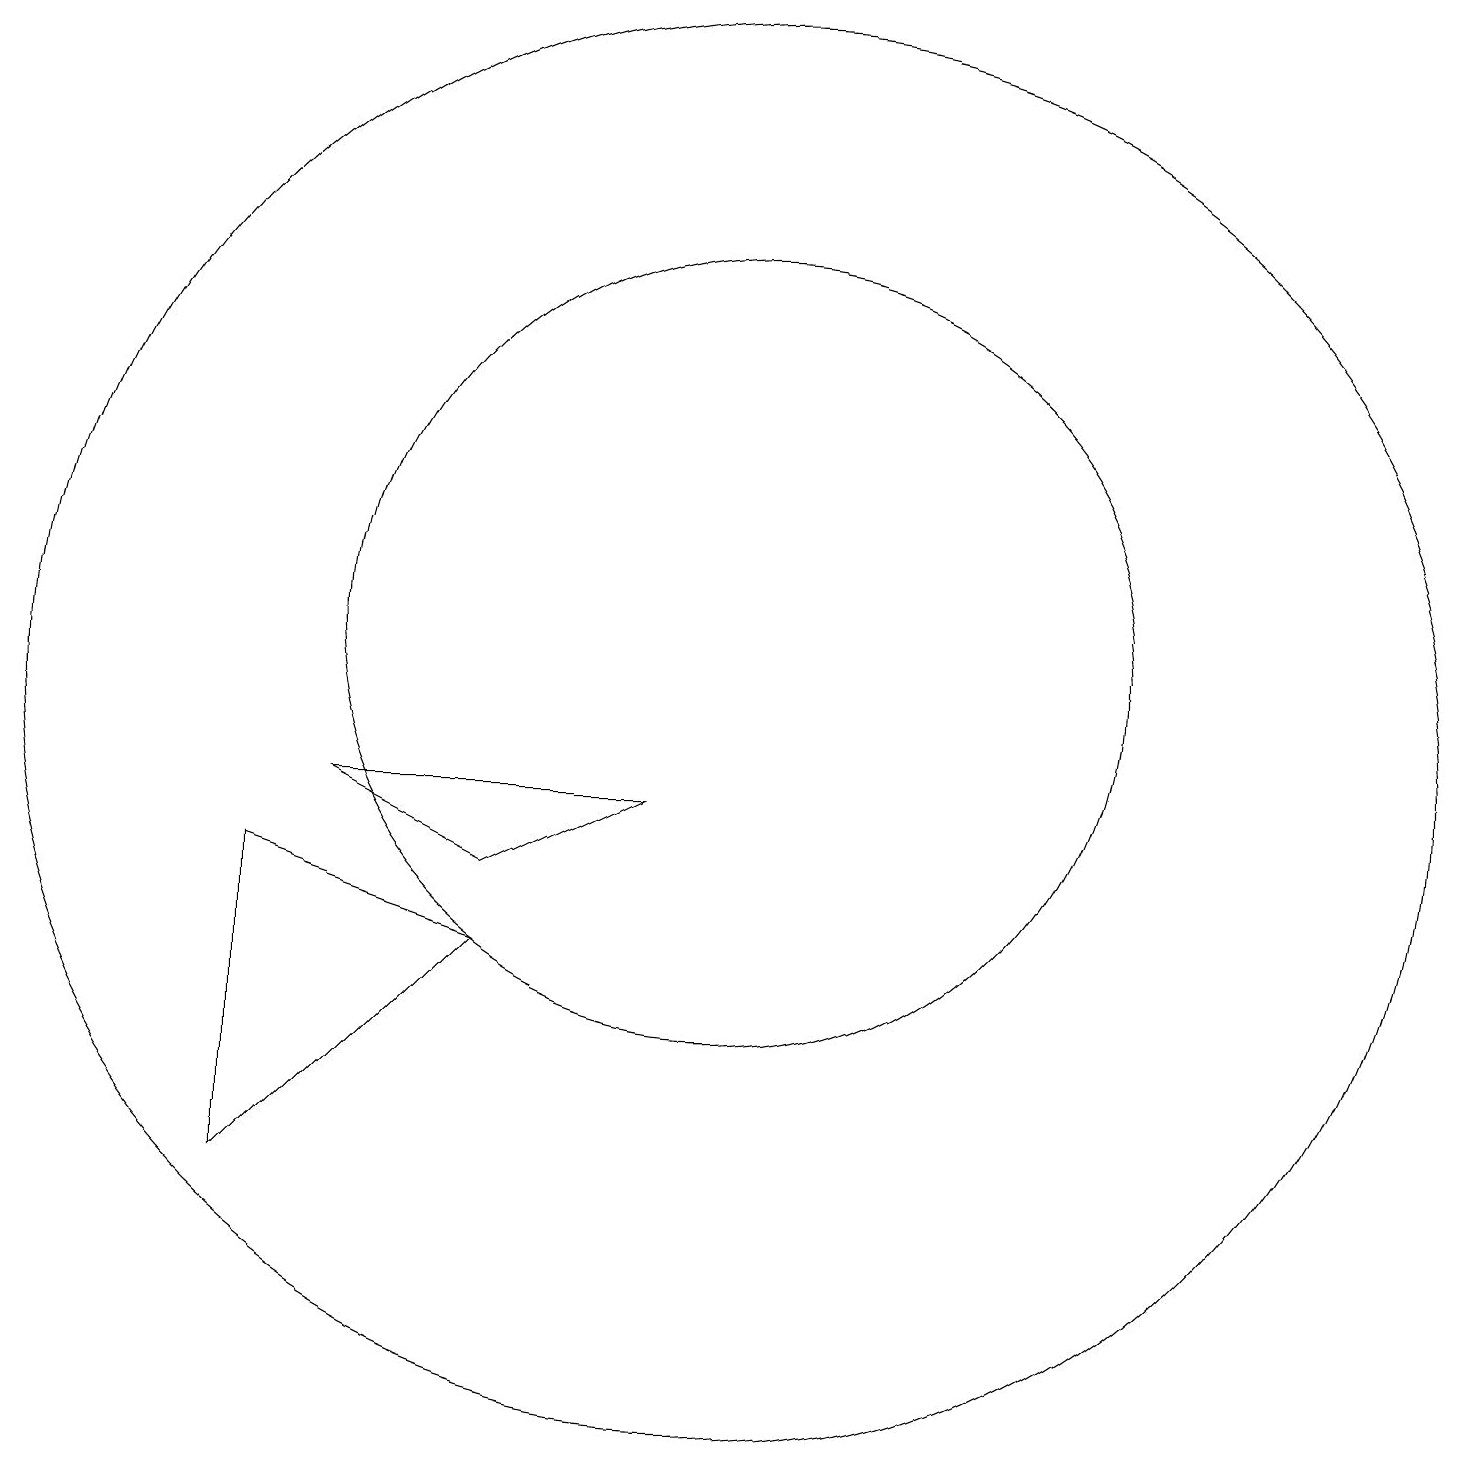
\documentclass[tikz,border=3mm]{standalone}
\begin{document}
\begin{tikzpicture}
\draw (10,11) circle (5);
\draw (7,7) -- (4,4) -- (4,8) -- cycle;
\draw (7,8) -- (9,9) -- (5,9) -- cycle;
\draw (10,10) circle (9);
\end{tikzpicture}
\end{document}